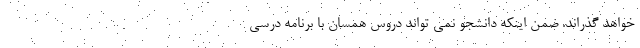
خواهد گذراند. ضمن اینکه دانشجو نمی تواند دروس همسان با برنامه درسی